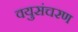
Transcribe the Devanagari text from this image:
वयुसंचरण